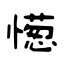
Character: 憽